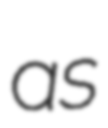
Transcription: as